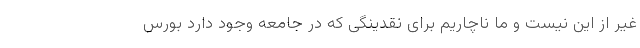
غیر از این نیست و ما ناچاریم برای نقدینگی که در جامعه وجود دارد بورس